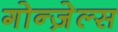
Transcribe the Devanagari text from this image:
गोन्ज़ेल्स